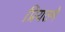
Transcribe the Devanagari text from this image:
प्रियतमे